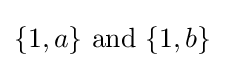
\{1,a\}{\text{ and }}\{1,b\}